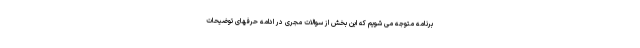
برنامه متوجه می شویم که این بخش از سوالات مجری در ادامه حرفهای توضیحات